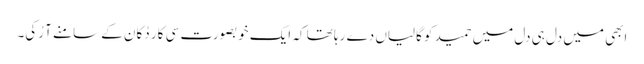
ابھی میں دل ہی دل میں حمید کو گالیاں دے رہا تھا کہ ایک خوبصورت سی کار دُکان کے سامنے آ رُکی۔